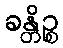
ခန္တိဉ္စ